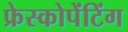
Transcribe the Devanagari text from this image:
फ्रेस्कोपेंटिंग